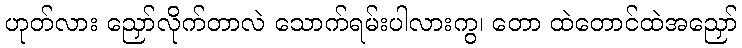
ဟုတ်လား ညှော်လိုက်တာလဲ သောက်ရမ်းပါလားကွ၊ တော ထဲတောင်ထဲအညှော်